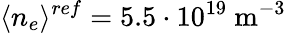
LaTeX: \langle n_{e}\rangle^{ref}=5.5\cdot 10^{19}~\mathrm{m}^{-3}